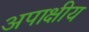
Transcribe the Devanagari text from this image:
अपाक्षीय